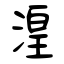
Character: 湟